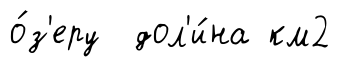
о́з'еру дол'и́на км2